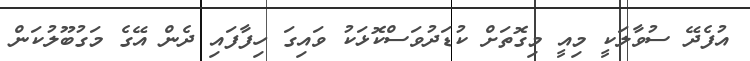
އުފެދޭ ސުވާލަކީ މިއީ މިގޮތަށް ކުޑަދުވަސްކޮޅަކު ވައިގަ ހިފާފައި ދެން އޭގެ މަގުބޫލުކަން